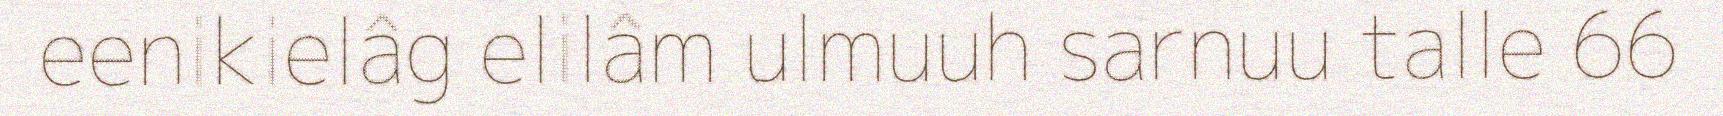
eenikielâg elilâm ulmuuh sarnuu talle 66